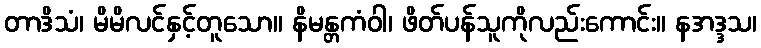
တာဒိသံ၊ မိမိလင်နှင့်တူသော။ နိမန္တကံဝါ၊ ဖိတ်ပန်သူကိုလည်းကောင်း။ နအဒ္ဒသ၊